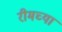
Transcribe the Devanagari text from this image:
रीमच्या